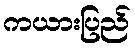
ကယားပြည်